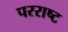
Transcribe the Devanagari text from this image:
परराष्ट